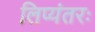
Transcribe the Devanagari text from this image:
लिप्यंतरः